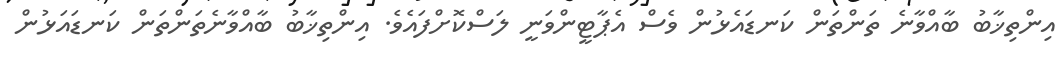
އިންތިޚާބު ބާއްވާނެ ތަންތަން ކަނޑައެޅުން ވެސް އެޕާޓީންވަނީ ލަސްކޮށްފައެވެ. އިންތިޚާބު ބާއްވާނެތަންތަން ކަނޑައަޅުން